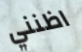
اظنني